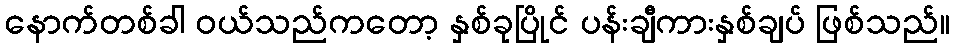
နောက်တစ်ခါ ဝယ်သည်ကတော့ နှစ်ခုပြိုင် ပန်းချီကားနှစ်ချပ် ဖြစ်သည်။